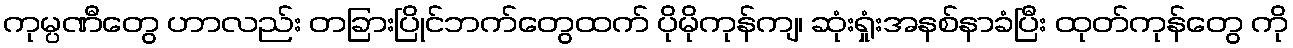
ကုမ္ပဏီတွေ ဟာလည်း တခြားပြိုင်ဘက်တွေထက် ပိုမိုကုန်ကျ၊ ဆုံးရှုံးအနစ်နာခံပြီး ထုတ်ကုန်တွေ ကို